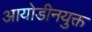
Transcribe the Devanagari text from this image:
आयोडीनयुक्त